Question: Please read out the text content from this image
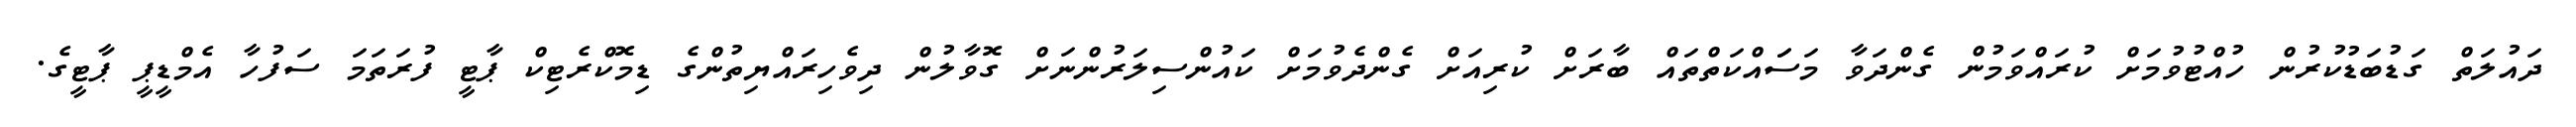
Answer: ދައުލަތް ގަޑުބަޑުކުރުން ހުއްޓުވުމަށް ކުރައްވަމުން ގެންދަވާ މަސަައްކަތްތައް ބާރަށް ކުރިއަށް ގެންދެވުމަށް ކައުންސިލަރުންނަށް ގޮވާލުން ދިވެހިރައްޔިތުންގެ ޑިމޮކްރެޓިކް ޕާޓީ ފުރަތަމަ ސަފުހާ އެމްޑީޕީ ޕާޓީގެ.